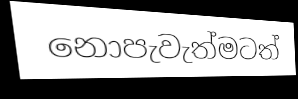
නොපැවැත්මටත්